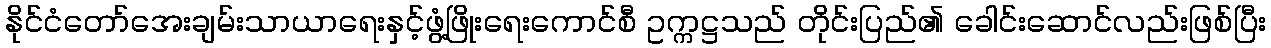
နိုင်ငံတော်အေးချမ်းသာယာရေးနှင့်ဖွံ့ဖြိုးရေးကောင်စီ ဥက္ကဋ္ဌသည် တိုင်းပြည်၏ ခေါင်းဆောင်လည်းဖြစ်ပြီး